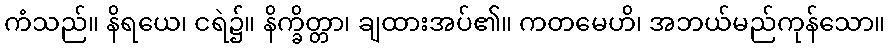
ကံသည်။ နိရယေ၊ ငရဲ၌။ နိက္ခိတ္တာ၊ ချထားအပ်၏။ ကတမေဟိ၊ အဘယ်မည်ကုန်သော။